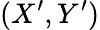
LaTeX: (X^{\prime},Y^{\prime})